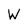
Character: W